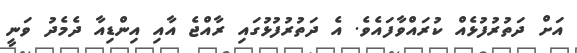
އަށް ދަތުރުފުޅެއް ކުރައްވާފައެވެ. އެ ދަތުރުފުޅުގައި ރާއްޖެ އާއި އިންޑިއާ ދެމެދު ވަނީ